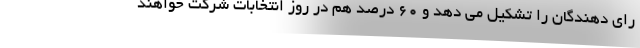
رای دهندگان را تشکیل می دهد و 60 درصد هم در روز انتخابات شرکت خواهند